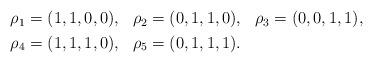
LaTeX: \begin{align*}\begin{aligned} & \rho_{1}=(1,1,0,0), & & \rho_{2}=(0,1,1,0), & & \rho_{3}=(0,0,1,1),\\ & \rho_{4}=(1,1,1,0), & & \rho_{5}=(0,1,1,1).\end{aligned}\end{align*}